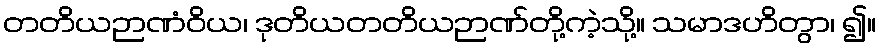
တတိယဉာဏံဝိယ၊ ဒုတိယတတိယဉာဏ်တို့ကဲ့သို့။ သမာဒဟိတွာ၊ ၍။